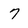
Character: 7